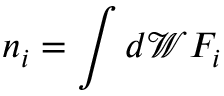
n _ { i } = \int d \mathcal { W } F _ { i }